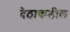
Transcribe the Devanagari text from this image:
देठाकडील